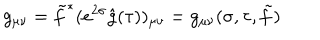
g _ { \mu \nu } = \tilde { f } ^ { * } ( e ^ { 2 \sigma } \hat { g } ( \tau ) ) _ { \mu \nu } = g _ { \mu \nu } ( \sigma , \tau , \tilde { f } )